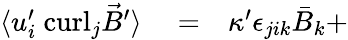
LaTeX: \begin{array}{rlr}{\langle{u}_{i}^{\prime}\ \mathrm{curl}_{j}\vec{B}^{\prime}\rangle}&{{}=}&{\kappa^{\prime}\epsilon_{jik}{\bar{B}}_{k}+}\end{array}